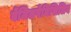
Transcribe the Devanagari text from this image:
बेंजिलपेनिसिलिन